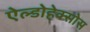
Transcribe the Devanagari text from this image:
ऐल्डोहेक्सोस